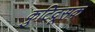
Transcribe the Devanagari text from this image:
कुटिदूसक